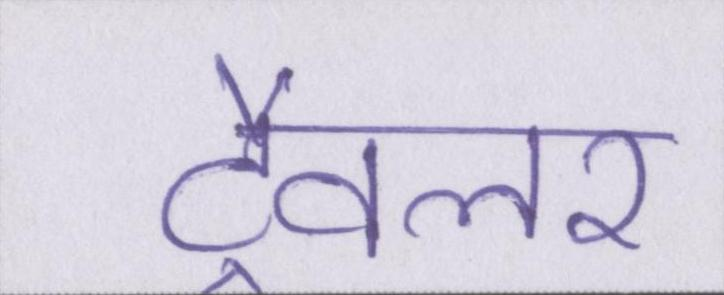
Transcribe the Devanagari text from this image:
ट्रैवलर